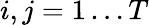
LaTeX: i,j=1\ldots T